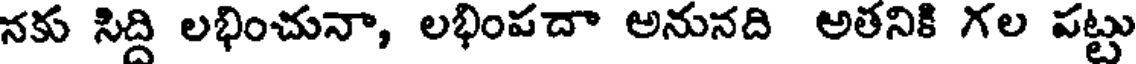
నకు సిద్ది లభించునా, లభింపదా అనునది అతనికి గల పట్టు